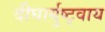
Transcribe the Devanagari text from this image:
दीघार्युष्ट्वाय